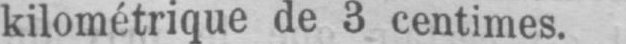
kilométrique de 3 centimes.